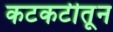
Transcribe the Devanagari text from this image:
कटकटीतून